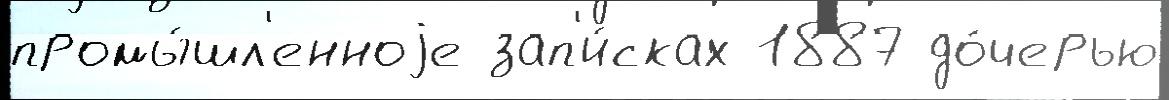
промы́шл'енноjе зап'и́сках 1887 до́черью